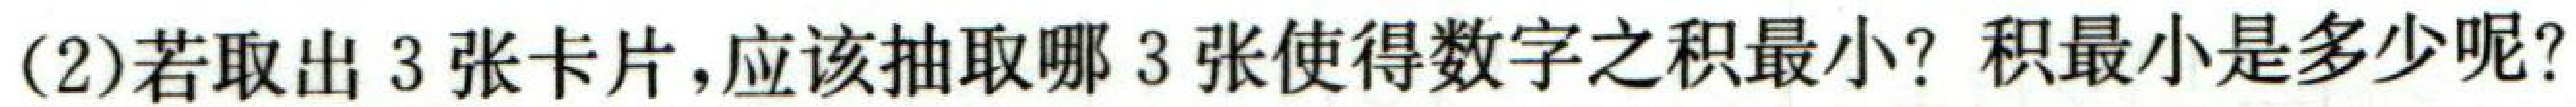
(2)若取出3张卡片,应该抽取哪3张使得数字之积最小? 积最小是多少呢?